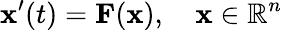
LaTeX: \mathbf{x}^{\prime}(t)=\mathbf{F}(\mathbf{x}),\quad\mathbf{x}\in\mathbb{R}^{n}